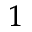
^ { 1 }